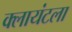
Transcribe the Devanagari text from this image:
क्लायंटला